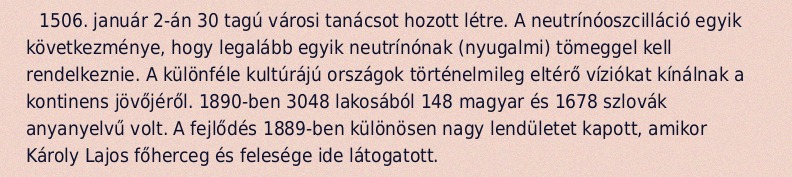
1506. január 2-án 30 tagú városi tanácsot hozott létre. A neutrínóoszcilláció egyik következménye, hogy legalább egyik neutrínónak (nyugalmi) tömeggel kell rendelkeznie. A különféle kultúrájú országok történelmileg eltérő víziókat kínálnak a kontinens jövőjéről. 1890-ben 3048 lakosából 148 magyar és 1678 szlovák anyanyelvű volt. A fejlődés 1889-ben különösen nagy lendületet kapott, amikor Károly Lajos főherceg és felesége ide látogatott.